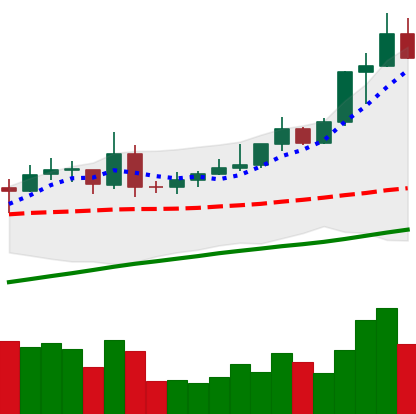
Ticker: XMR-USD
Chart end date: 2020-07-29
Forward return: 12.593%
Label: up_7plus